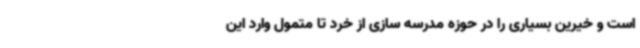
است و خیرین بسیاری را در حوزه مدرسه سازی از خرد تا متمول وارد این